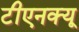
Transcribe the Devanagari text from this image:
टीएनक्यू